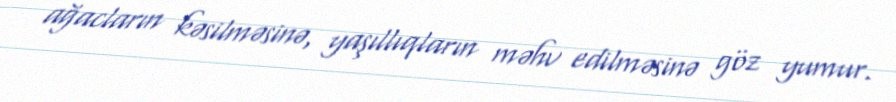
ağacların kəsilməsinə, yaşıllıqların məhv edilməsinə göz yumur.